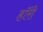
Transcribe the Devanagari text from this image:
हॉरी